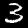
Digit: 3